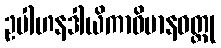
ဥပါဟနဒါယိကာဝိမာနဝတ္ထု